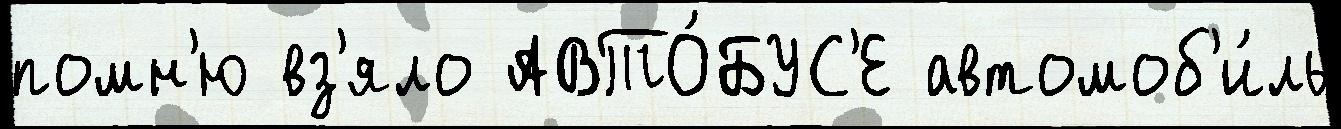
помн'ю вз'яло АВТО́БУС'Е автомоб'и́ль